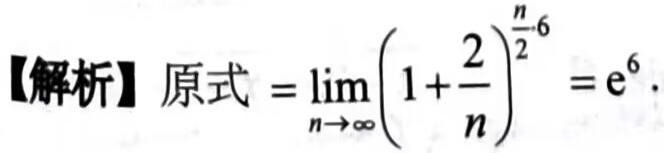
【解析】原式$=\lim_{n \to \infty} \left(1 + \frac{2}{n}\right)^{\frac{n}{2} \cdot 6} = \mathrm{e}^{6}$